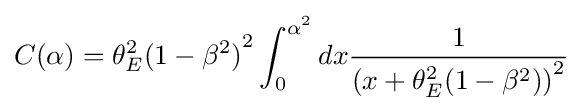
C(\alpha )=\theta _{E}^{2}{(1-\beta ^{2})}^{2}\int _{0}^{\alpha ^{2}}dx{\frac {1}{{(x+\theta _{E}^{2}(1-\beta ^{2}))}^{2}}}